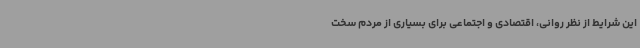
این شرایط از نظر روانی، اقتصادی و اجتماعی برای بسیاری از مردم سخت